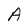
Character: M